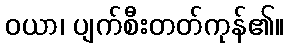
ဝယာ၊ ပျက်စီးတတ်ကုန်၏။